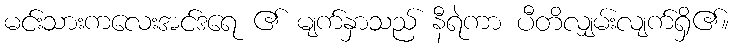
မင်းသားကလေးအင်ဒရေ ၏ မျက်နှာသည် နီရဲကာ ပီတိလျှမ်းလျက်ရှိ၏။